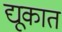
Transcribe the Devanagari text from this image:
द्यूकात